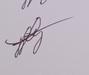
Signature authenticity: genuine